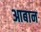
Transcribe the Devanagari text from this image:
आबान